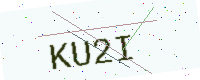
Text: KU2I